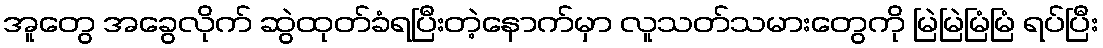
အူတွေ အခွေလိုက် ဆွဲထုတ်ခံရပြီးတဲ့နောက်မှာ လူသတ်သမားတွေကို မြဲမြဲမြံမြံ ရပ်ပြီး